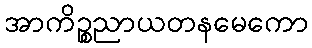
အာကိဉ္စညာယတနမေကော